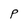
Character: P